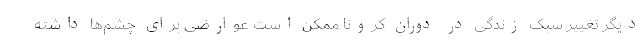
دیگر تغییر سبک زندگی در دوران کرونا ممکن است عوارضی برای چشم‌ها داشته